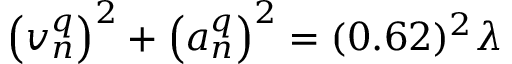
\left( v _ { n } ^ { q } \right) ^ { 2 } + \left( a _ { n } ^ { q } \right) ^ { 2 } = ( 0 . 6 2 ) ^ { 2 } \lambda